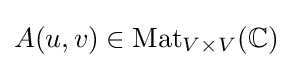
A(u,v)\in \operatorname {Mat} _{V\times V}(\mathbb {C} )